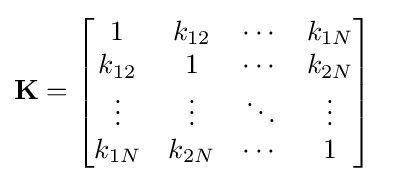
\mathbf {K} ={\begin{bmatrix}1&k_{12}&\cdots &k_{1N}\\k_{12}&1&\cdots &k_{2N}\\\vdots &\vdots &\ddots &\vdots \\k_{1N}&k_{2N}&\cdots &1\end{bmatrix}}\quad